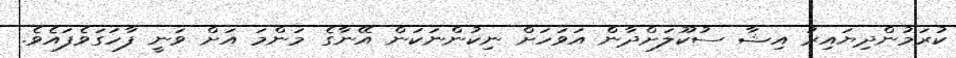
ކުރަމުންދިޔައިރު އިޝާ ސުކޫލަށްދާން އަވަހަށް ނިކުންނަކަން އޭނާގެ މަންމަ އަށް ވަނީ ފާހަގަވެފައެވެ.